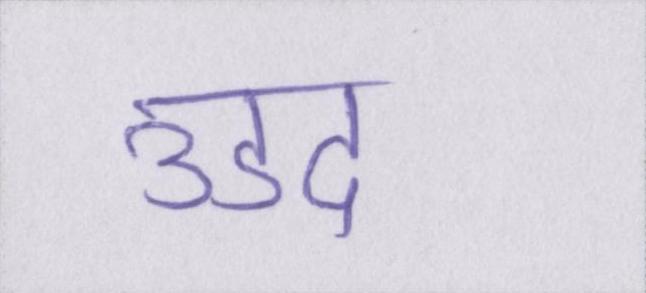
उडद